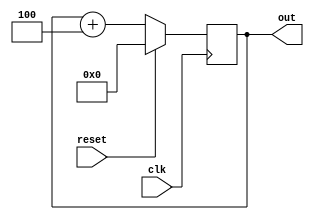
`timescale 1ns / 1ps
//////////////////////////////////////////////////////////////////////////////////
// Company: 
// Engineer: 
// 
// Design Name: 
// Module Name:    counter 
// Project Name: 
// Target Devices: 
// Tool versions: 
// Description: 
//
// Dependencies: 
//
// Revision: 
// Revision 0.01 - File Created
// Additional Comments: 
//
//////////////////////////////////////////////////////////////////////////////////
module counter(clk,out,reset);
input clk;
output [9:0] out;
reg [9:0] out;
initial out=9'd0;
input reset;
always @(posedge clk)
begin 
if(reset)
out=9'd0;
else
out=out+9'd4;
end
endmodule